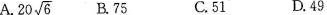
A.20\sqrt{6} B75 C.51 D.49